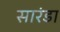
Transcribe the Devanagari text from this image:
सारंडा